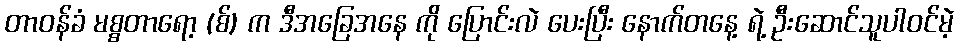
တာဝန်ခံ မစ္စတာရော့ (စ်) က ဒီအခြေအနေ ကို ပြောင်းလဲ ပေးပြီး နောက်တနေ့ ရဲ့ ဦးဆောင်သူပါဝင်မဲ့